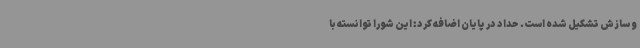
و سازش تشکیل شده است. حداد در پایان اضافه کرد: این شورا توانسته با